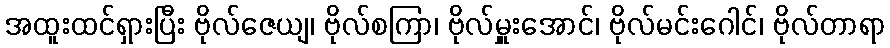
အထူးထင်ရှားပြီး ဗိုလ်ဇေယျ၊ ဗိုလ်စကြာ၊ ဗိုလ်မှူးအောင်၊ ဗိုလ်မင်းဂေါင်၊ ဗိုလ်တာရာ